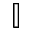
\mathbb { I }